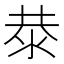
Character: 㳟